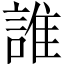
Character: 誰